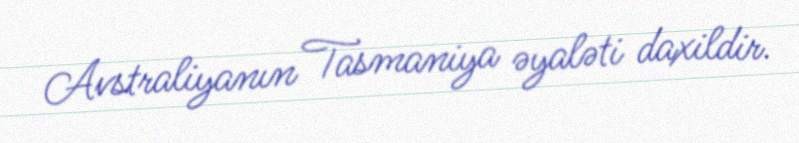
Avstraliyanın Tasmaniya əyaləti daxildir.